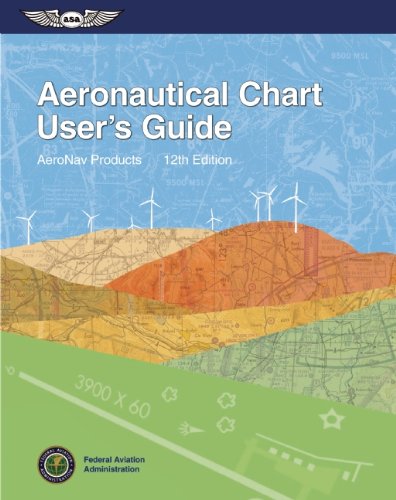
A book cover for Aeronautical Chart User's Guide (FAA Handbooks series); Federal Aviation Administration (FAA)/Aviation Supplies & Academics (ASA); Engineering & Transportation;